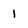
Character: 1